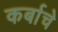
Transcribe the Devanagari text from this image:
कर्बाचे